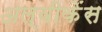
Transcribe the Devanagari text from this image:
अल्वीकेंस